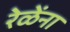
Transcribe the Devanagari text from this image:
रेळेंना